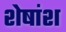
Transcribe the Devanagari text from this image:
शेषांश